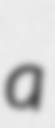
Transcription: a